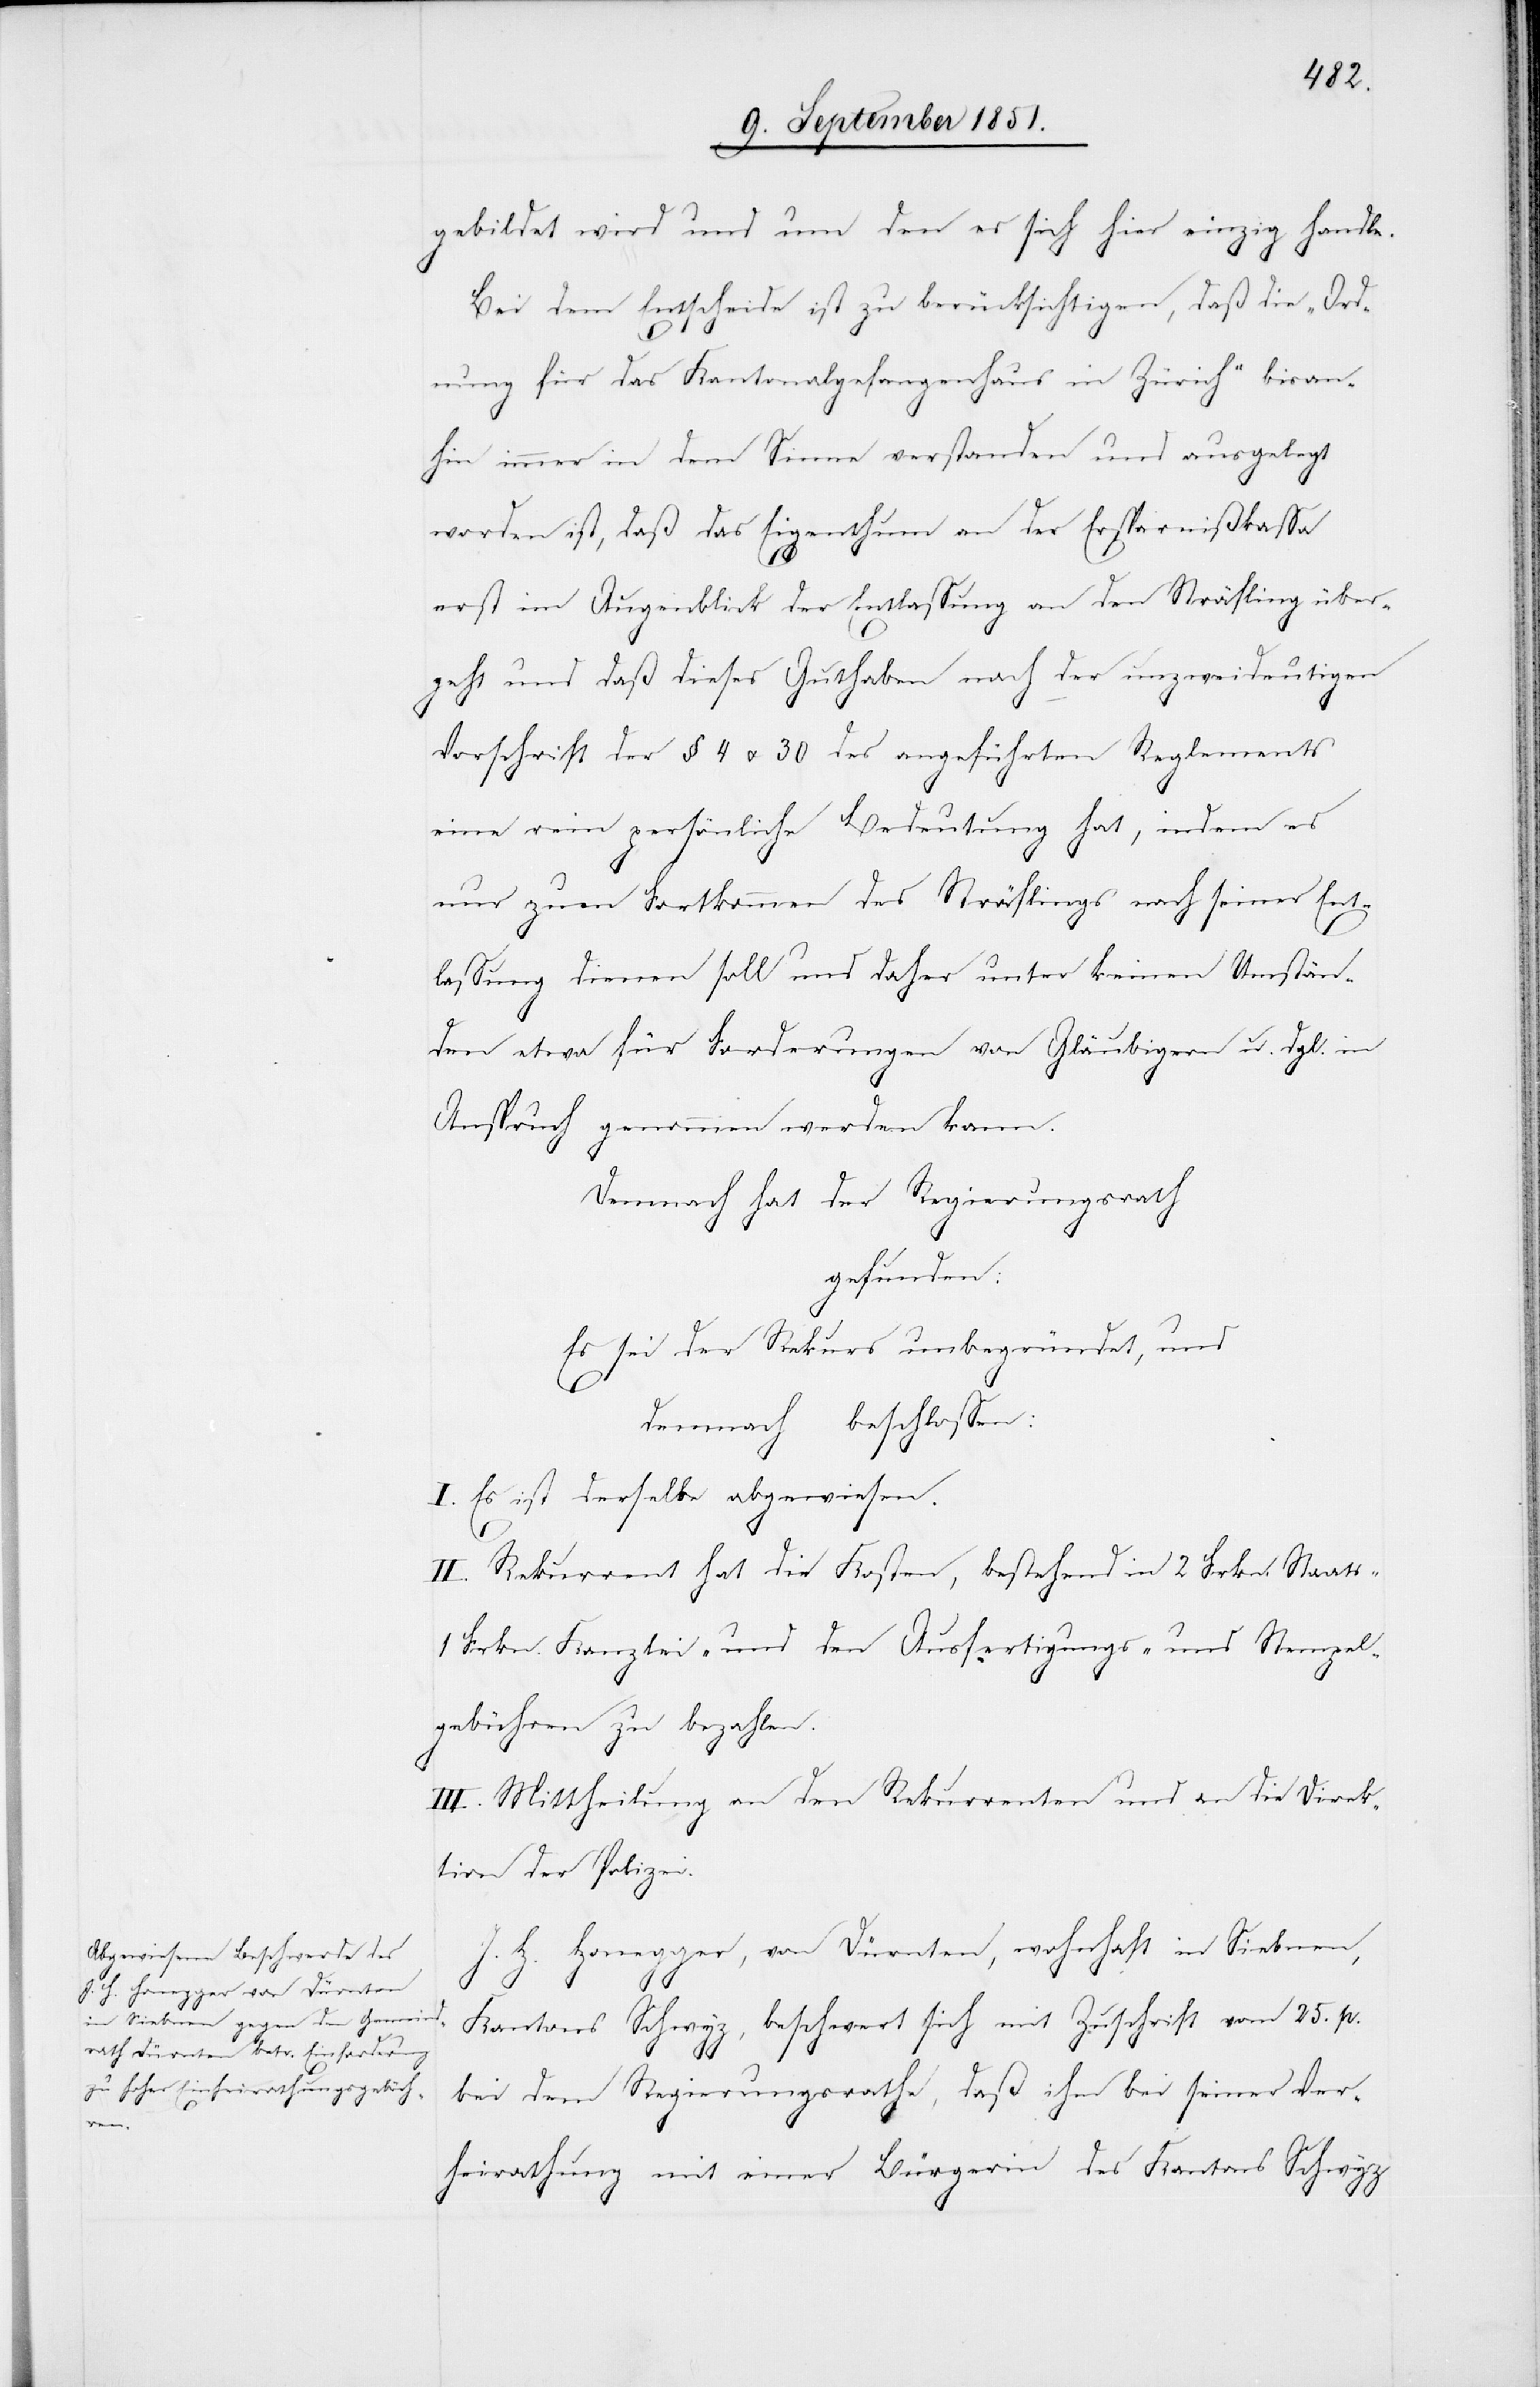
s-[,]

1

gebildet wird und um den es sich hier einzig handle.
Bei dem Entscheide ist zu berücksichtigen, daß die „Ord¬
nung für das Kantonalgefangenhaus in Zürich“ bisan¬
hin immer in dem Sinne verstanden und ausgelegt
worden ist, daß das Eigenthum an der Ersparnißkassa
erst im Augenblick der Entlassung an den Sträfling über¬
geht und daß dieses Guthaben nach der unzweideutigen
Vorschrift der § 4 u. 30 des angeführten Reglements
eine rein persönliche Bedeutung hat, indem es
nur zum Fortkommen des Sträflings nach seiner Ent¬
lassung dienen soll und daher unter keinen Umstän¬
den etwa für Forderungen von Gläubigern u. dgl. in
Anspruch genommen werden kann.
Demnach hat der Regierungsrath
gefunden:
Es sei der Rekurs unbegründet, und
demnach beschlossen:
I. Es ist derselbe abgewiesen.
II. Rekurrent hat die Kosten, bestehend in 2 Frkn. Staat¬
Frkn. Kanzlei- und den Ausfertigungs- und Stempel¬
gebühren zu bezahlen.
III. Mittheilung an den Rekurrenten und an die Direk¬
tion der Polizei.
H. Honegger, von Dürnten, wohnhaft in Siebnen,
Kantons Schwyz, beschwert sich mit Zuschrift vom 25. p.
bei dem Regierungsrathe, daß ihm bei seiner Ver¬
heirathung mit einer Bürgerin des Kantons Schwyz